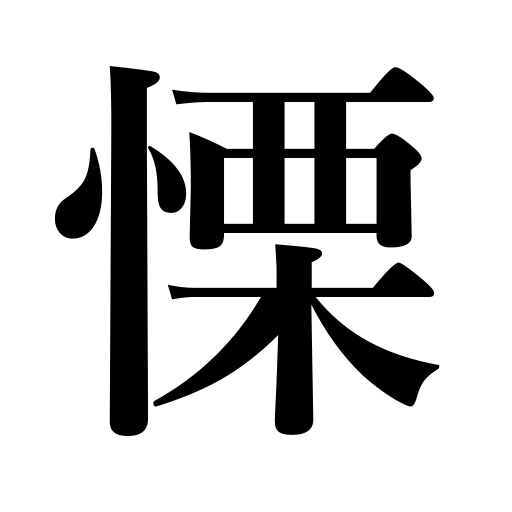
Meanings: fear,shudder